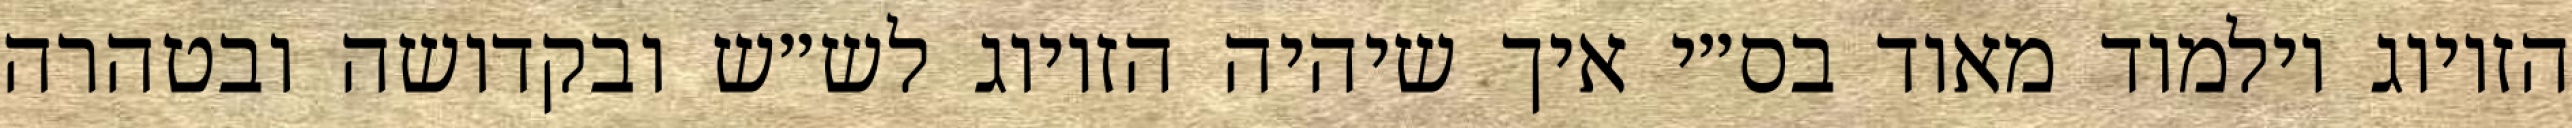
הזיווג וילמוד מאוד בס״י איך שיהיה הזיווג לש״ש ובקדושה ובטהרה